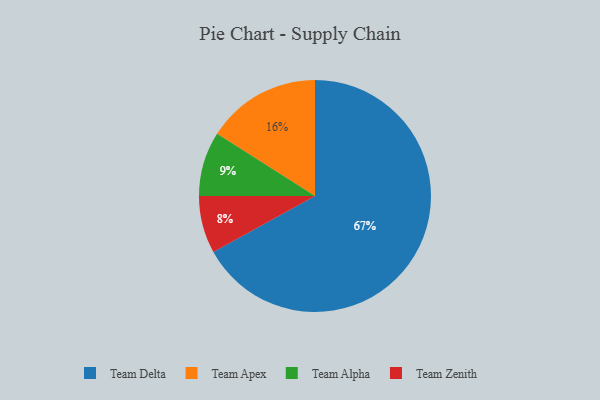
{"axis": {"x": "Category", "y": "Percentage"}, "legend": ["Team Alpha", "Team Apex", "Team Delta", "Team Zenith"], "data": [{"x": "Team Zenith", "y": 8, "type": "Team Zenith"}, {"x": "Team Alpha", "y": 9, "type": "Team Alpha"}, {"x": "Team Apex", "y": 16, "type": "Team Apex"}, {"x": "Team Delta", "y": 67, "type": "Team Delta"}]}